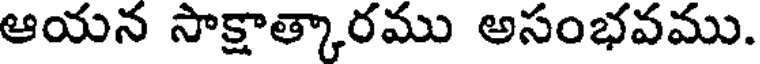
ఆయన సాక్షాత్కారము అసంభవము.